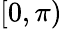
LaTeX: [0,\pi)